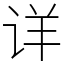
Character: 详